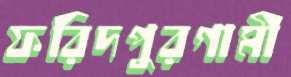
ফরিদপুরগামী